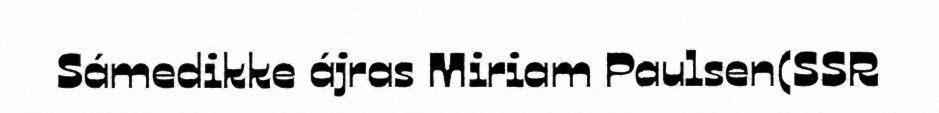
Sámedikke ájras Miriam Paulsen(SSR